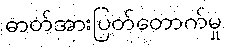
ဓာတ်အားပြတ်တောက်မှု